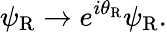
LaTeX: \psi_{\mathrm{{R}}}\rightarrow e^{i\theta_{\mathrm{{R}}}}\psi_{\mathrm{{R}}}.